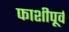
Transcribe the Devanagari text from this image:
फाशीपूर्व